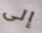
إلى